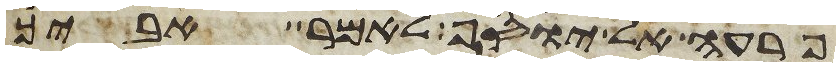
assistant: פרעה אל יוסף לאמר אביך